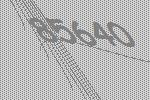
85640